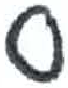
אות: ס